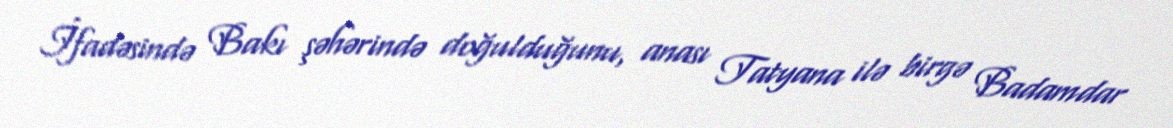
İfadəsində Bakı şəhərində doğulduğunu, anası Tatyana ilə birgə Badamdar